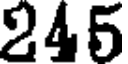
245